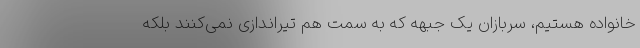
خانواده هستیم، سربازان یک جبهه که به سمت هم تیراندازی نمی‌کنند بلکه